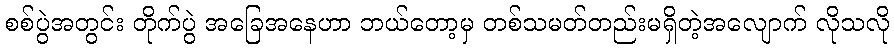
စစ်ပွဲအတွင်း တိုက်ပွဲ အခြေအနေဟာ ဘယ်တော့မှ တစ်သမတ်တည်းမရှိတဲ့အလျောက် လိုသလို